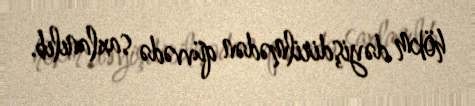
hökm dəyişdirilmədən qüvvədə saxlanılıb.